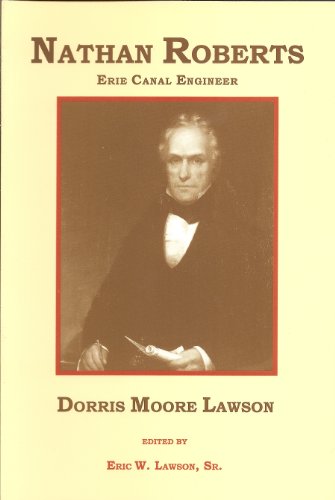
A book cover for Nathan Roberts: Erie Canal Engineer; Dorris Moore Lawson; Biographies & Memoirs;